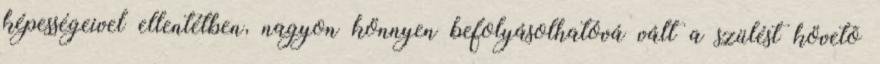
képességeivel ellentétben, nagyon könnyen befolyásolhatóvá vált a szülést követõ